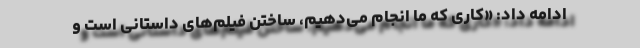
ادامه داد: «کاری که ما انجام می‌دهیم، ساختن فیلم‌های داستانی است و